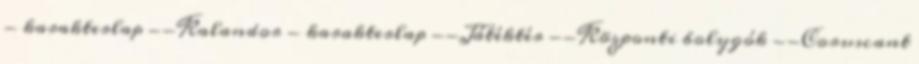
- karakterlap --Kalandor - karakterlap --Játéktér --Központi bolygók --Coruscant